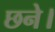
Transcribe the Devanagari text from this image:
छने।